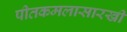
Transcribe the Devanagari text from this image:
पीतकमलासारखी